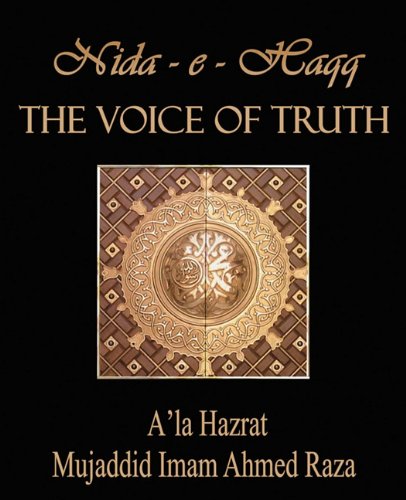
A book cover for The Voice of Truth: A'La Hazrat Mujaddid Imam Ahmed Raza; Maryam Qadri; Religion & Spirituality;